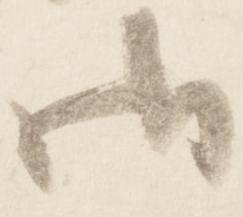
御